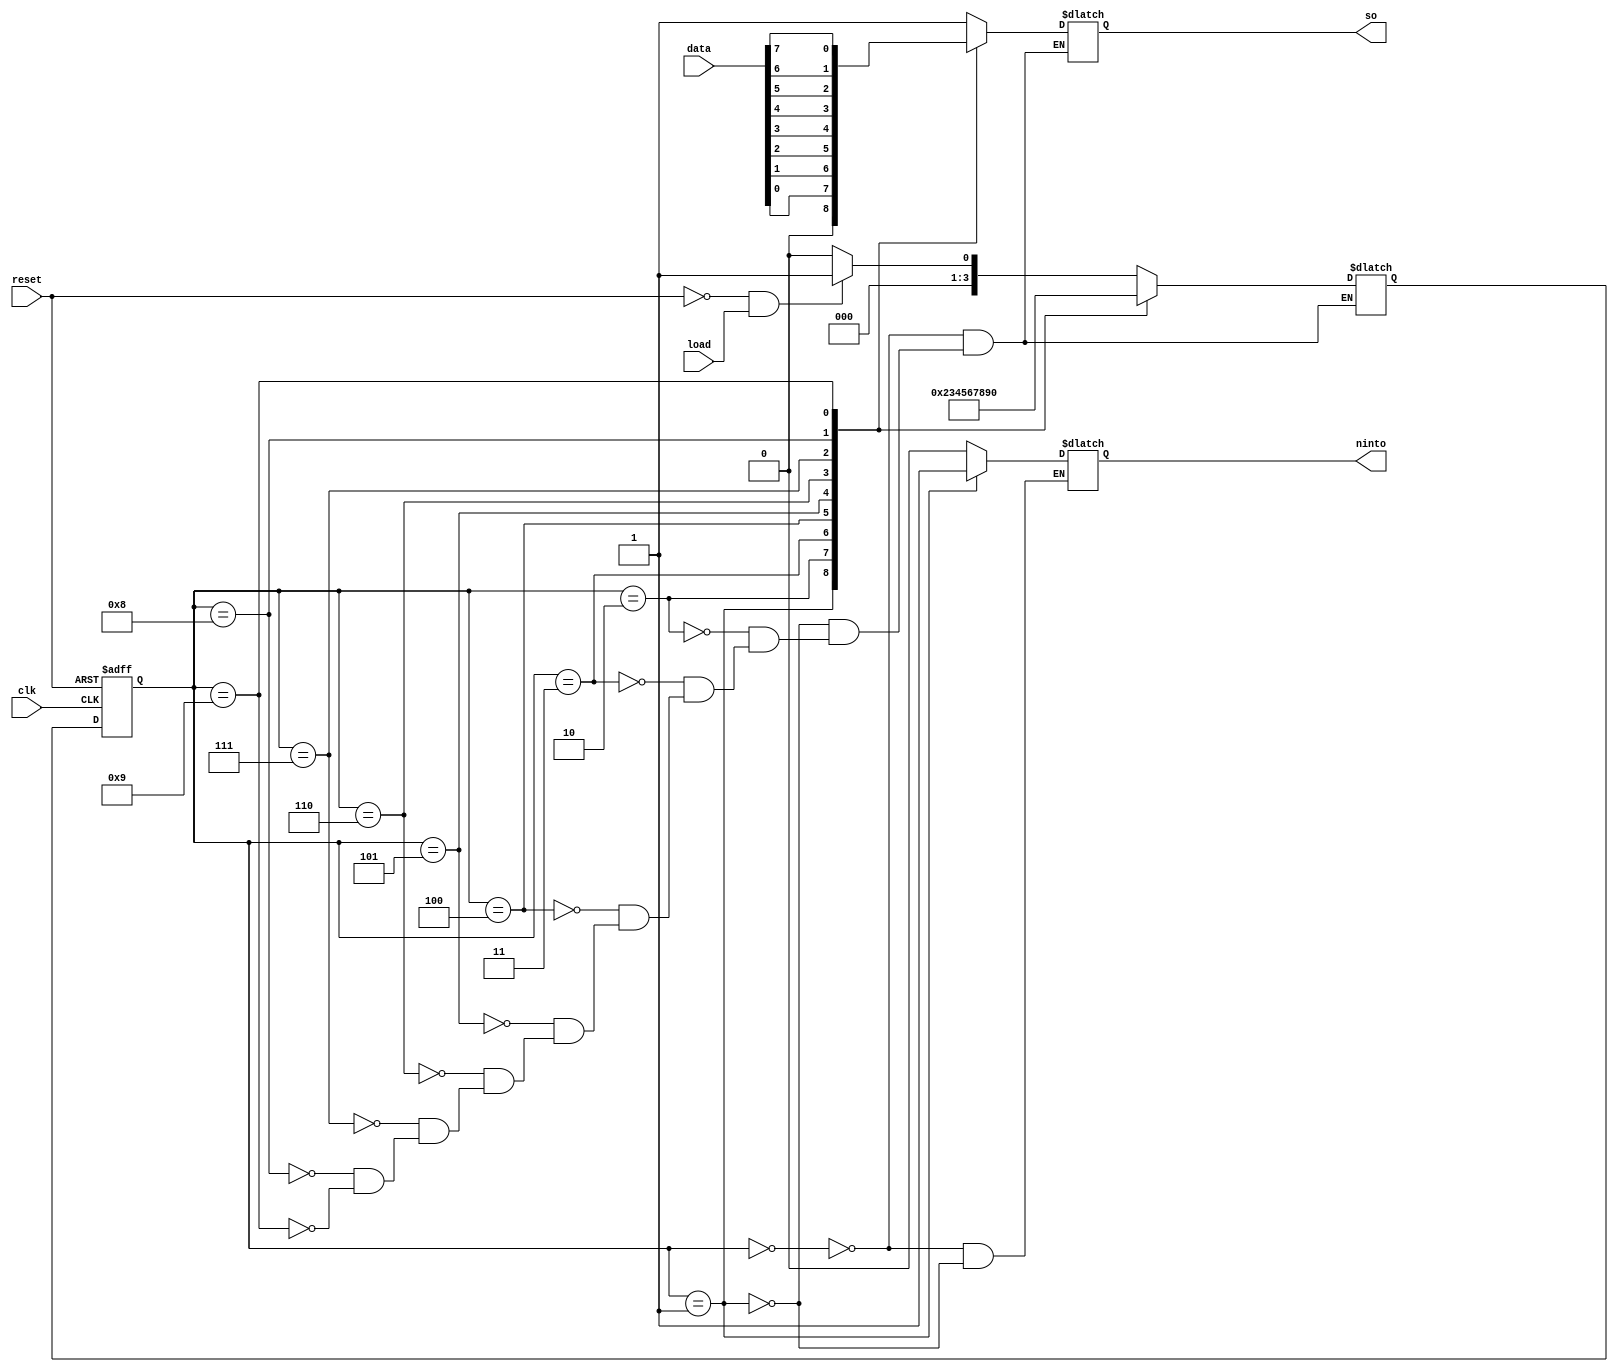
module Transmitter(so,ninto,clk,reset,load,data);

input clk,reset,load;
input [7:0] data;

output so,ninto;

reg ninto,so;
reg [3:0] ns,ps;

always@(posedge clk or posedge reset)
begin
	if(reset)
		ps <= 4'b0000;
	else
		ps <= ns;
end

always@(ps or load or reset)
begin

case(ps)

	4'b0000: begin
				so <= 1'b1;
				ninto <= 1'b0;

				if((~reset) && load)
					ns <= 4'b0001;
				else
					ns <= 4'b0000;
			 end	
			 
	4'b0001: begin
				so <= 1'b0;
				ninto <= 1'b1;
				ns <= 4'b0010;
			 end	
			 
	4'b0010: begin
				so <= data[0];
				ns <= 4'b0011;
			 end	
			 
	4'b0011: begin
				so <= data[1];
				ns <= 4'b0100;
			 end	
			 
	4'b0100: begin
				so <= data[2];
				ns <= 4'b0101;
			 end	

	4'b0101: begin
				so <= data[3];
				ns <= 4'b0110;
			 end	
			 
	4'b0110: begin
				so <= data[4];
				ns <= 4'b0111;
			 end	

	4'b0111: begin
				so <= data[5];
				ns <= 4'b1000;
			 end	
			 
	4'b1000: begin
				so <= data[6];
				ns <= 4'b1001;
			 end

	4'b1001: begin
				so <= data[7];
				ns <= 4'b0000;
			 end			 
endcase

end

endmodule